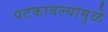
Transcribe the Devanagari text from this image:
पटकावल्यामुळे